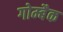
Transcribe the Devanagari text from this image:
गोम्बैक